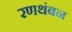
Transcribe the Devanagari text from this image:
रणथंबन